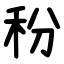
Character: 秎